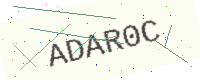
Text: ADAR0C